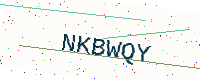
Text: NKBWQY